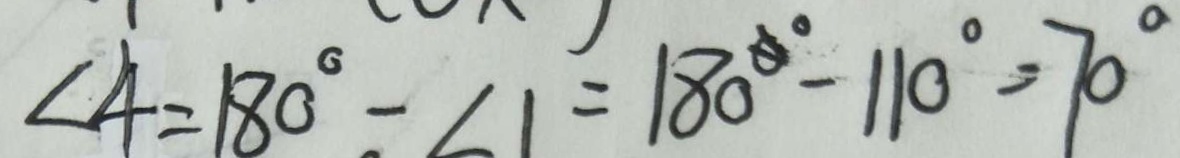
\angle 4 = 1 8 0 ^ { \circ } - \angle 1 = 1 8 0 ^ { \circ } - 1 1 0 ^ { \circ } = 7 0 ^ { \circ }